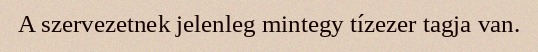
A szervezetnek jelenleg mintegy tízezer tagja van.